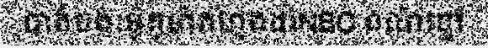
បាត់បង់ៈម៉ូតូម៉ាកហុងដាNBC ពណ៌ខ្មៅ